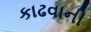
કાઢવાની